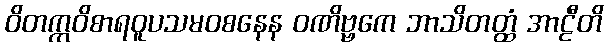
ဝိတက္ကဝိစာရဝူပသမဝစနေန ဝဏိဗ္ဗကေ ဘာသိတတ္ထံ အာဠီတိ